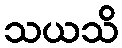
သယသိ